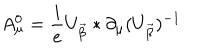
LaTeX: A _ { \mu } ^ { 0 } = \frac { i } { e } U _ { \vec { \beta } } * \partial _ { \mu } ( U _ { \vec { \beta } } ) ^ { - 1 }